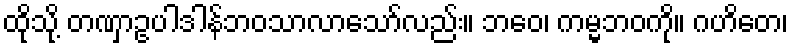
ထိုသို့ တဏှာဥပါဒါန်ဘဝသာလာသော်လည်း။ ဘဝေ၊ ကမ္မဘဝကို။ ဂဟိတေ၊